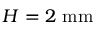
H = 2 ~ \mathrm { m m }